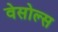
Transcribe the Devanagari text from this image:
वेसोल्स